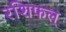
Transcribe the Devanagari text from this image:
रशिफल्